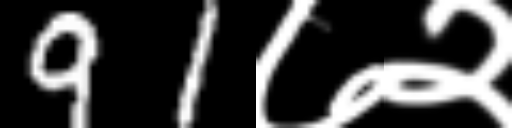
Text: 91७२